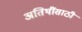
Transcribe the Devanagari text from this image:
अतिथींसाठी